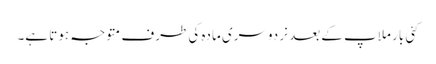
کئی بار ملاپ کے بعد نر دوسری مادہ کی طرف متوجہ ہوتا ہے۔